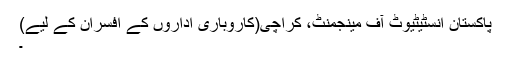
پاکستان انسٹیٹیوٹ آف مینجمنٹ، کراچی(کاروباری اداروں کے افسران کے لیے)
۔